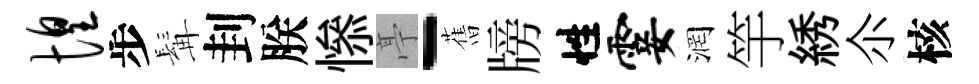
惶步髯刲朕𢡖亭-𦾔牓性霎润竽綉尒核